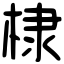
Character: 棣